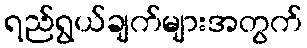
ရည်ရွယ်ချက်များအတွက်